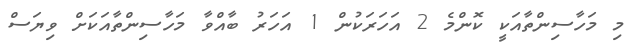
މި މަހާސިންތާއަކީީ ކޮންމެ 2 އަހަރަކުން 1 އަހަރު ބާއްވާ މަހާސިންތާއަކަށް ވިޔަސް